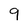
Character: 9